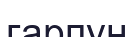
гарпун